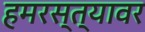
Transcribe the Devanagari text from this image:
हमरस्त्यावर